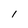
Character: 1